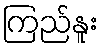
ကြည်နူး